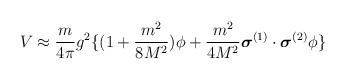
LaTeX: \begin{align*}V \approx \frac{m}{4 \pi} g^{2} \{ ( 1 + \frac{m^{2}}{8M^{2}}) \phi+ \frac{m^{2}}{4M^{2}} \mbox{\boldmath $\sigma$}^{(1)} \cdot \mbox{\boldmath $\sigma$}^{(2)} \phi \}\end{align*}